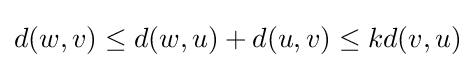
d(w,v)\leq d(w,u)+d(u,v)\leq kd(v,u)